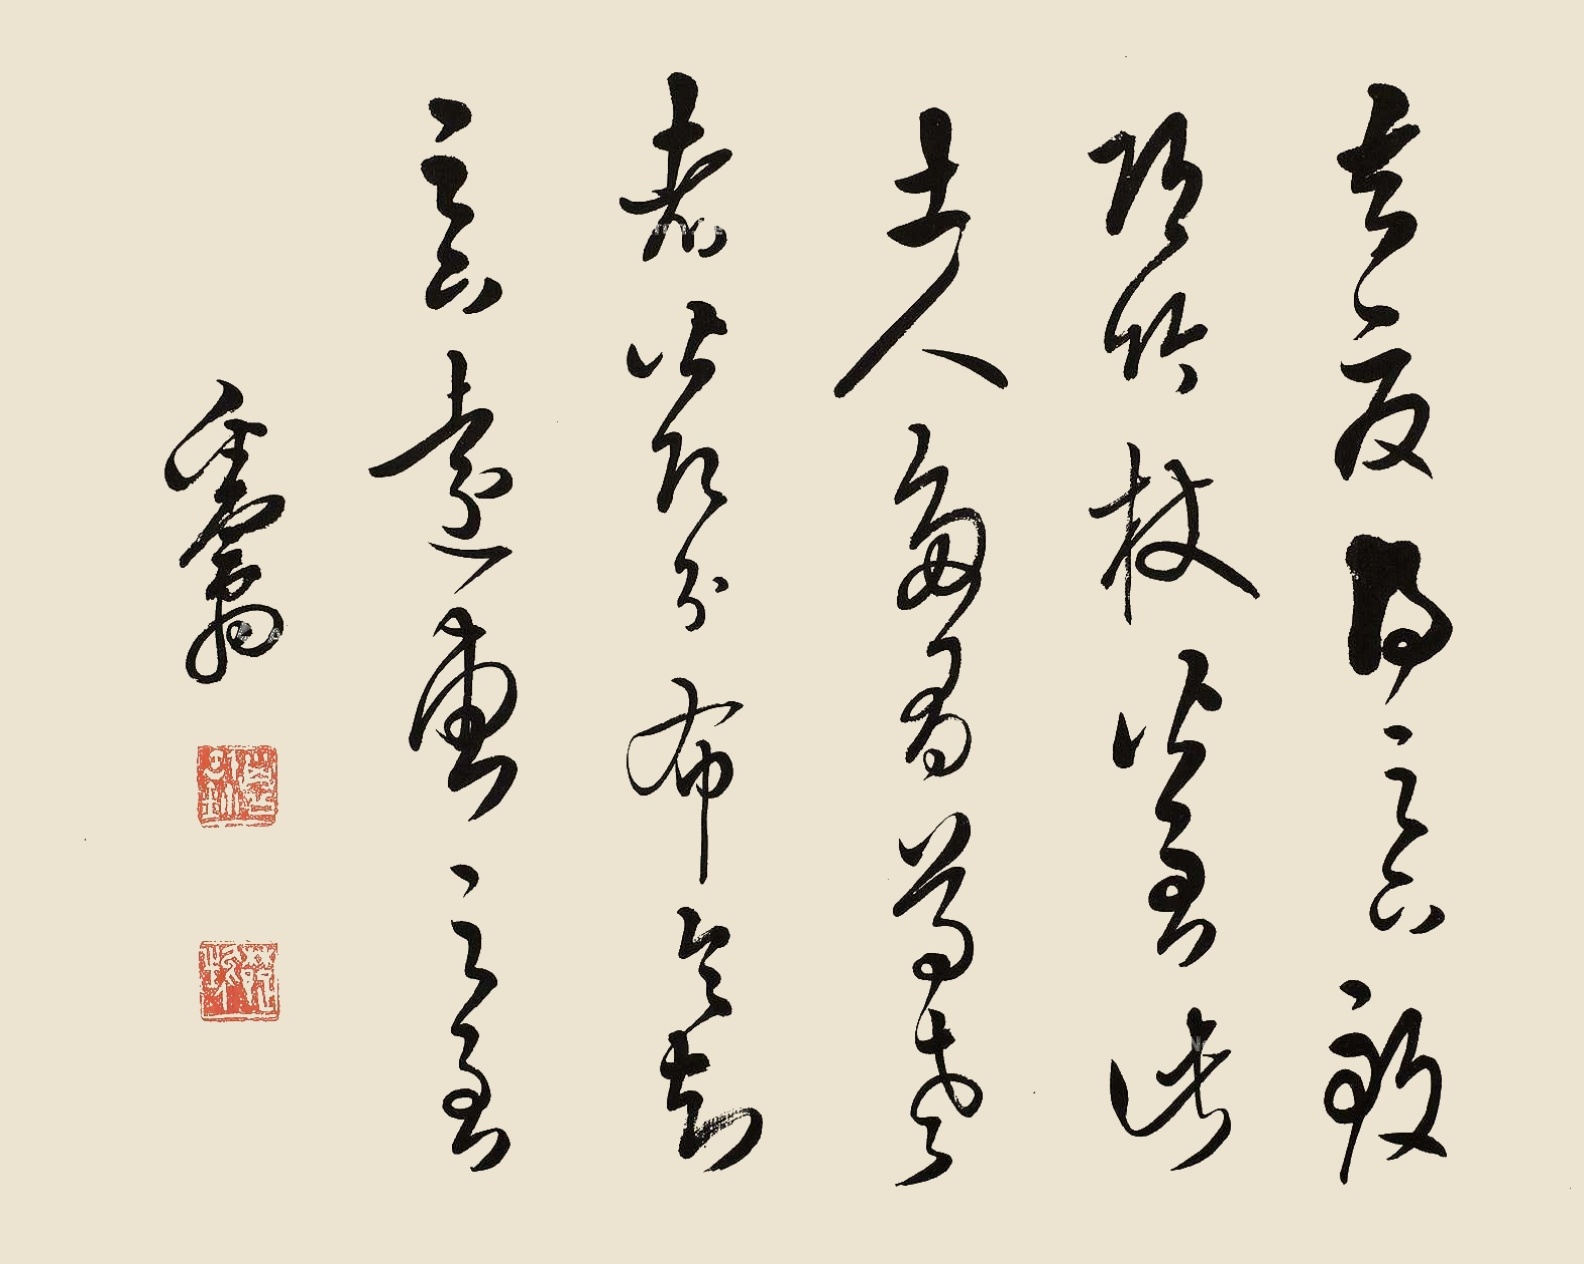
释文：去夏得足下致邛竹杖，皆至。此士人多有尊老者，皆即分布。令知足下远惠之至。粪翁。